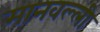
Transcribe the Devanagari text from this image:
मानवल्ली